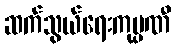
ဆက်သွယ်ရေးကုမ္ပဏီ